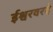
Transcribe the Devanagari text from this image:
ईश्वरवरदे